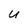
Character: U